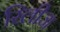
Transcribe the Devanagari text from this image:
रिलीज